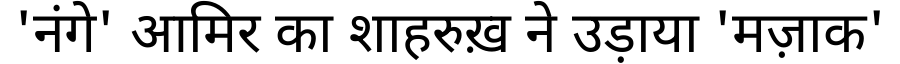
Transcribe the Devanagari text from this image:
'नंगे' आमिर का शाहरुख़ ने उड़ाया 'मज़ाक'